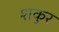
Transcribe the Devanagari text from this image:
शकुर